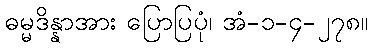
ဓမ္မဒိန္နာအား ပြောပြပုံ၊ အံ-၁-၄-၂၇၈။